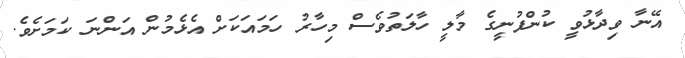
އޭނާ ވިދާޅުވީ ކުންފުނީގެ މާލީ ހާލަތުވެސް މިހާރު ހަމައަކަށް އެޅެމުން އަންނަ ކަމަށެވެ.